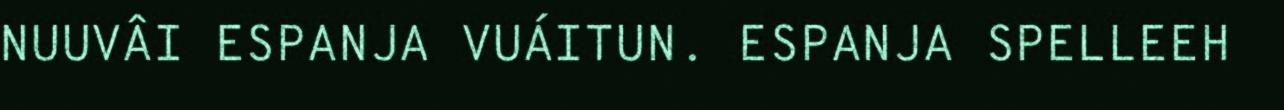
NUUVÂI ESPANJA VUÁITUN. ESPANJA SPELLEEH